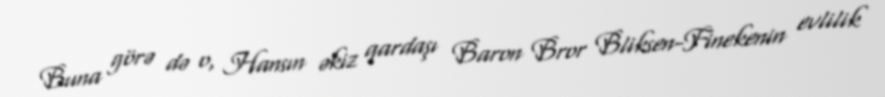
Buna görə də o, Hansın əkiz qardaşı Baron Bror Bliksen-Finekenin evlilik